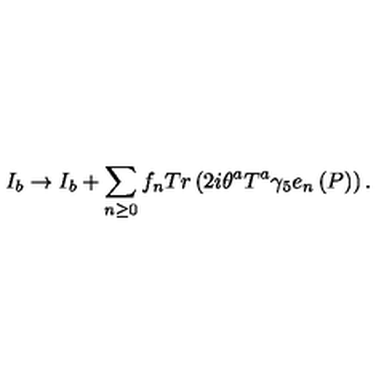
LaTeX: I _ { b } \rightarrow I _ { b } + \sum _ { n \geq 0 } f _ { n } T r \left( 2 i \theta ^ { a } T ^ { a } \gamma _ { 5 } e _ { n } \left( P \right) \right) .